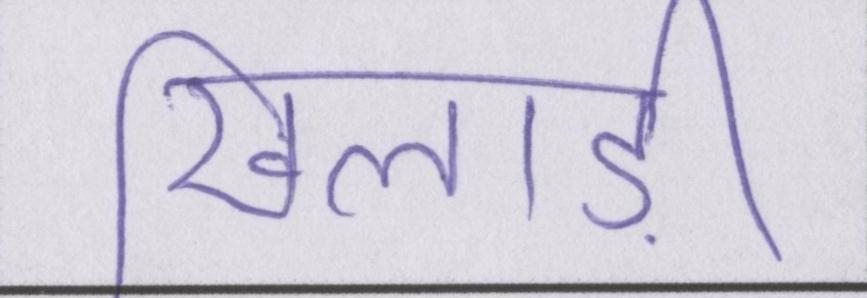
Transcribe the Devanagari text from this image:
खिलाड़ी